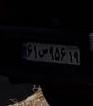
۶۱س۹۵۶۱۹